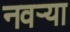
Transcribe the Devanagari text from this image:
नवर्‍या